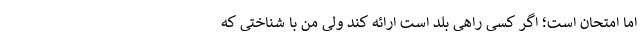
اما امتحان است؛ اگر کسی راهی بلد است ارائه کند ولی من با شناختی که